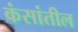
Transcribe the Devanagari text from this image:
कंसांतील